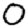
Digit: 0